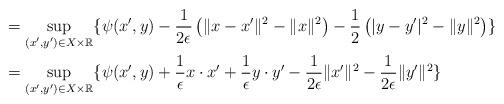
LaTeX: \begin{align*}&= \sup_{(x',y')\in X\times \mathbb R} \{ \psi(x',y) - \frac{1}{2\epsilon}\left( \|x-x'\|^2 -\|x\|^2\right)- \frac{1}{2}\left( |y-y'|^2 -\|y\|^2\right)\}\\&=\sup_{(x',y')\in X\times \mathbb R} \{ \psi(x',y) + \frac{1}{\epsilon} x\cdot x' + \frac{1}{\epsilon} y\cdot y' - \frac{1}{2\epsilon} \|x'\|^2 - \frac{1}{2\epsilon} \|y'\|^2\}\end{align*}